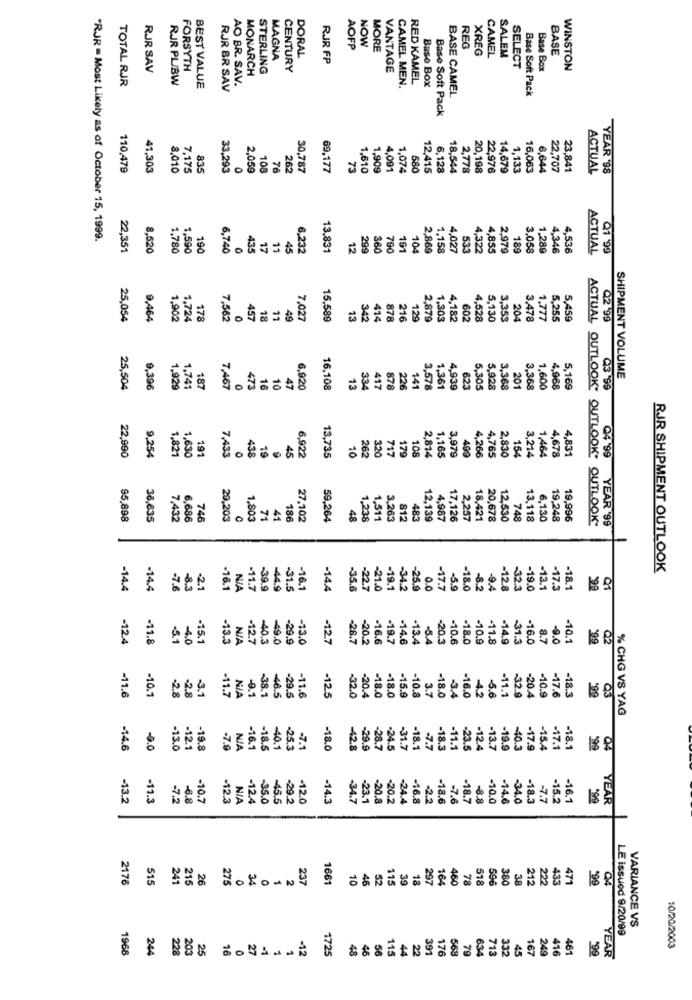
AOFP
NOW
MORE
REG
XREG
CAMEL
BASE
MAGNA
DORAL
RJR FP
SALEM
RJR SAV
FORSYTH
STERLING
CENTURY
VANTAGE
SELECT
Base Box
WINSTON
TOTAL RJR
RJR PL/BW
AO BR. SAV.
MONARCH
CAMEL MEN.
RED KAMEL
Baso Box
BEST VALUE
RJR BR SAV
BASE CAMEL
Base Soft Pack
Baso Soft Pack
110,479
41,303
8,010
7,175
835
33,293
0
2,059
108
76
262
30,787
69,177
73
1,610
1,909
4,091
1,074
580
12,415
6,128
18,544
2,778
20,198
22,976
14,679
1,133
16,063
6,644
22,707
23,841
ACTUAL
YEAR '98
"RJR = Most Likely as of October 15, 1999.
22,351
8,520
1,780
1,590
190
6,740
435
17
6,232
13,831
12
299
360
790
191
104
2,869
1,158
4,027
533
4,322
4,855
2,979
189
3.058
1,289
4,346
4,536
ACTUAL
Q1 '99
25,054
9,464
1,902
1,724
178
7,562
457
18
11
49
7.027
15,589
13
342
414
878
216
129
2,879
1,303
4,182
602
4,528
5,130
3,353
204
3,478
1,777
5,255
5,459
Q2 99
33.4
SHIPMENT VOLUME
25,504
9,396
1,929
1,741
187
7,467
473
16
10
47
6,920
16,108
13
417
878
226
141
3,578
1,361
4,939
623
5.305
5.928
3,368
201
3.368
1,600
4,968
5,169
Q3 '99
1,821
7,433
438
45
26
717
179
108
2,814
1,165
409
4,266
4,765
2,830
154
4,831
22,990
9,254
1,630
191
0
19
6,922
13,735
10
320
3,979
3,214
1,464
4,678
Q4 '99
95,898
36,635
7,432
6,686
746
29,203
1,803
71
41
186
27,102
59,264
48
1,238
1,511
3,263
812
483
12,139
4,987
17,126
2,257
18,421
20,678
12,530
748
13,118
6,130
19,248
19,996
ACTUAL OUTLOOK, OUTLOOK. OUTLOOK-
YEAR '99
RJR SHIPMENT OUTLOOK
-14.4
-14.4
-7.6
-8.3
-2.1
-16.1
-11.7
-39.9
44.9
-31.5
-16.1
-14.4
35.6
-22.7
-21.0
-19.
-34.2
-25.9
0.0
-17.7
-5.9
-18.0
-8.2
-9.4
-12.8
-32.3
-19.0
-13.1
-17.3
-18.1
-12.4
-11.8
.3.1
-4.0
-15.1
-13.3
-12.7
-40.3
-49.0
-29.9
-13.0
-12.7
-28.7
-20.2
-16.6
-19.7
-14.6
-13.4
-5.4
-20.3
-10.6
-18.0
-10.9
-11.8
-14.9
-31.3
-16.0
8.7
-9.0
-10.1
$99
Q2
-2.8
46.5
-12.5
-32.0
-4.2
-10.9
-11.6
-10.1
2.8
-3.1
-11.7
-9.1
-38.1
-29.5
-11.6
-20.4
-18.0
-18.0
-15.9
-10.8
3.7
-18.0
-3.4
-16.0
-5.6
-11.1
-32.9
-20.4
-17.6
-18.3
199
Q3
% CHG VS YAG
-14.6
-9.0
-13.0
-12.1
-19.8
-7.9
-16.1
-18.5
-40.1
-25.3
-7.1
-18.0
42.8
-29.9
-28.7
-24.5
-31.7
-18.1
-7.7
-18.3
-11.1
-23.5
-12.4
-13.7
-19.9
-40.3
-17.9
-15.4
17.1
-18.1
199
04
-13.2
-11.3
-7.2
-6.8
-10.7
-12.3
-12.4
-35.0
-45.5
-29.2
-12.0
-14.3
-34.7
23.1
-20.8
-20.2
-24.4
-16.8
-22
-18.6
-7.6
-18.7
-8.8
-10.0
-14.6
-34.0
-18.3
-7.7
-15.2
-16.
YEAR
2176
515
241
215
26
275
34
237
1661
10
115
39
18
297
164
460
78
518
596
380
38
212
222
433
471
1
2
46
52
Q4
LE issued 9/20/99
VARIANCE VS
1968
244
228
203
25
16
27
-1
1
-12
172
115
22
391
176
568
79
634
713
45
167
249
416
461
99
10/20/2003
48
46
56
44
332
YEAR